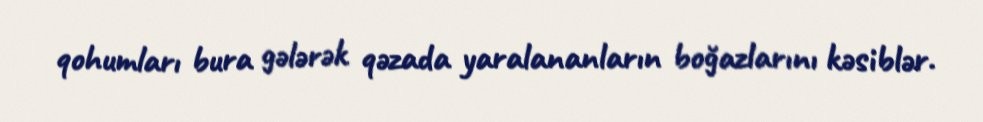
qohumları bura gələrək qəzada yaralananların boğazlarını kəsiblər.